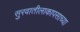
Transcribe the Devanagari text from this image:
सुरवातीलाकापसाच्या